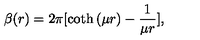
\beta ( r ) = { 2 \pi } [ \coth { ( \mu r ) } - \frac { 1 } { \mu r } ] ,